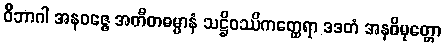
ဝိဘာဂါ အနဝဇ္ဇေ အတီတဓမ္မာနံ သဋ္ဌိဝဿိကတ္ထေရာ ဒဒတံ အနဓိမုတ္တော